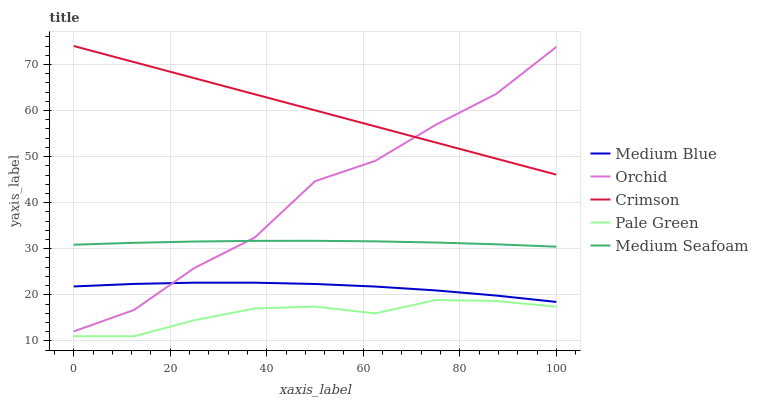
| xaxis_label | Medium Blue | Orchid | Crimson | Pale Green | Medium Seafoam |
 | --- | --- | --- | --- | --- | --- |
 | 0 | 21.8 | 12.1 | 74 | 11 | 30.9 |
 | 12.5 | 22.4 | 16.7 | 70.5 | 11 | 31.3 |
 | 25 | 22.6 | 25.8 | 67 | 14.5 | 31.6 |
 | 37.5 | 22.6 | 32.4 | 63.5 | 17 | 31.7 |
 | 50 | 22.3 | 44.6 | 60 | 17.4 | 31.7 |
 | 62.5 | 21.8 | 49.1 | 56.5 | 16 | 31.6 |
 | 75 | 21 | 56.9 | 53.1 | 18.9 | 31.3 |
 | 87.5 | 19.8 | 63.6 | 49.6 | 18.7 | 31 |
 | 100 | 18.4 | 73.8 | 46.1 | 17.4 | 30.4 |